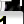
Digit: 1